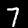
Digit: 7